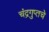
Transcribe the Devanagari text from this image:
चंद्रगुप्तचे